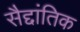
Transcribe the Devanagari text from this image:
सैद्दांतिक